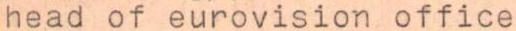
head of eurovision office